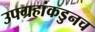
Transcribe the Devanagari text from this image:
उपग्रहांकडुनच